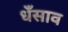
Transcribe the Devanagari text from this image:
धँसाव